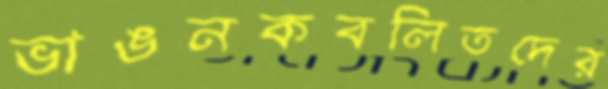
ভাঙনকবলিতদের